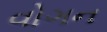
વોગન